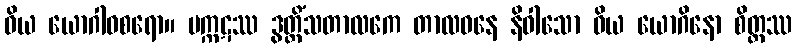
ဝိယ ယောဂါဝစရော။ မက္ကဋဿ ဒွတ္တိံသတာလကေ တာလဝနေ နိဝါသော ဝိယ ယောဂိနော စိတ္တဿ